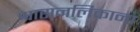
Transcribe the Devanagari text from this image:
श्वासनलिकाना